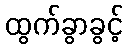
ထွက်ခွာခွင့်